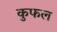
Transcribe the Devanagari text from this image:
कुफल